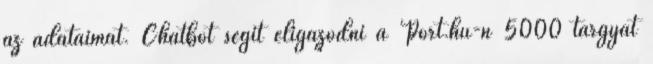
az adataimat. Chatbot segít eligazodni a Port.hu-n 5000 tárgyat